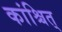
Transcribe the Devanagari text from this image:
कांश्चित्